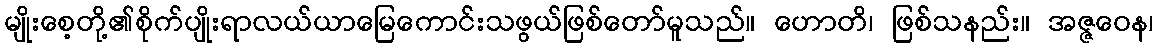
မျိုးစေ့တို့၏စိုက်ပျိုးရာလယ်ယာမြေကောင်းသဖွယ်ဖြစ်တော်မူသည်။ ဟောတိ၊ ဖြစ်သနည်း။ အဇ္ဇဝေန၊